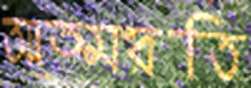
আত্মরতি